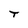
Character: T